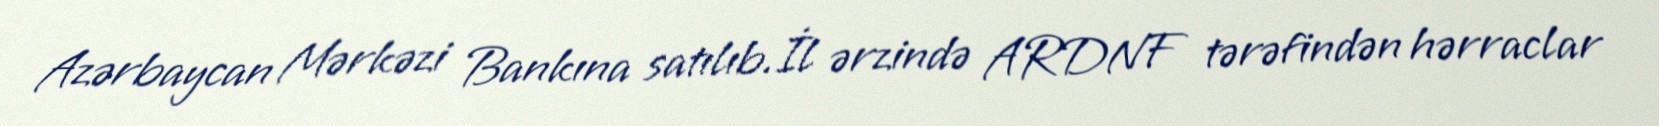
Azərbaycan Mərkəzi Bankına satılıb.İl ərzində ARDNF tərəfindən hərraclar